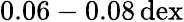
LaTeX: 0.06-0.08\, \mathrm{dex}